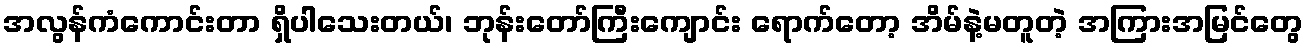
အလွန်ကံကောင်းတာ ရှိပါသေးတယ်၊ ဘုန်းတော်ကြီးကျောင်း ရောက်တော့ အိမ်နဲ့မတူတဲ့ အကြားအမြင်တွေ